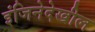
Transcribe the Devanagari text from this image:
इंजिनेदेखील